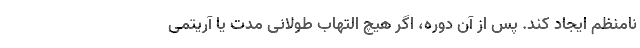
نامنظم ایجاد کند. پس از آن دوره، اگر هیچ التهاب طولانی مدت یا آریتمی